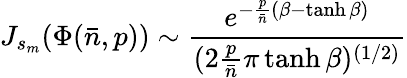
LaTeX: J_{s_{m}}(\Phi({\bar{n}},p))\sim{\frac{e^{-{\frac{p}{\bar{n}}}(\beta-\operatorname{tanh}\beta)}}{(2{\frac{p}{\bar{n}}}\pi\operatorname{tanh}\beta)^{(1/2)}}}